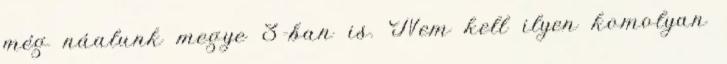
még náalunk megye 3-ban is. Nem kell ilyen komolyan